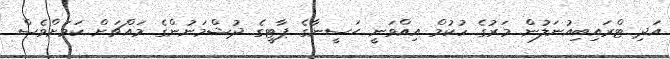
އަދި ޓްރައިބިއުނަލުން މަރުގެ ހުކުމް އިއްވަނީ ޙަސީނާގެ ޕާޓީގެ ދުޝްމަނުންގެ މައްޗަށް ކަމަށްވެސް